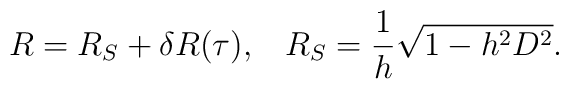
R = R_S +\delta R(\tau), \;\;\; R_S=\frac{1}{h}\sqrt{1-h^2D^2}.